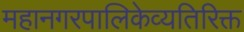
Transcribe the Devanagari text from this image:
महानगरपालिकेव्यतिरिक्त